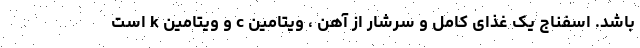
باشد. اسفناج یک غذای کامل و سرشار از آهن ، ویتامین c و ویتامین k است